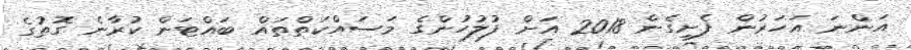
އަންނަ އަހަރުން ފެށިގެން 2018 އަށް ފުލުހުންގެ މަސައްކަތްތައް ބައްޓަން ކުރާނެ ގޮތުގެ